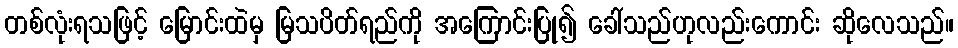
တစ်လုံးရသဖြင့် မြောင်းထဲမှ မြသပိတ်ရည်ကို အကြောင်းပြု၍ ခေါ်သည်ဟုလည်းကောင်း ဆိုလေသည်။